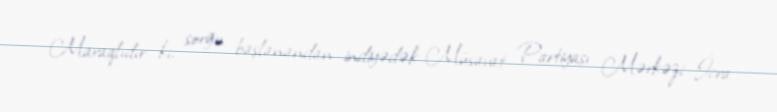
Maraqlıdır ki, sorğu başlanandan indiyədək Müsavat Partiyası Mərkəzi İcra